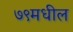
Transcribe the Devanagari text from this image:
७९मधील